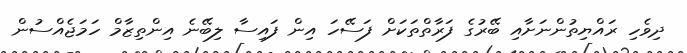
ދިވެހި ރައްޔިތުންނަށާއި ބޭރުގެ ފަރާތްތަކަށް ފަސޭހަ އިން ފައިސާ ލިބޭނެ އިންތިޒާމް ހަމަޖެއްސުން